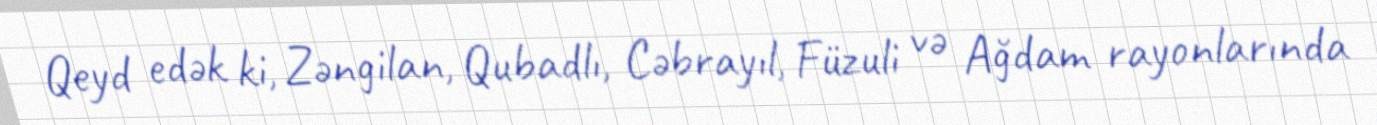
Qeyd edək ki, Zəngilan, Qubadlı, Cəbrayıl, Füzuli və Ağdam rayonlarında